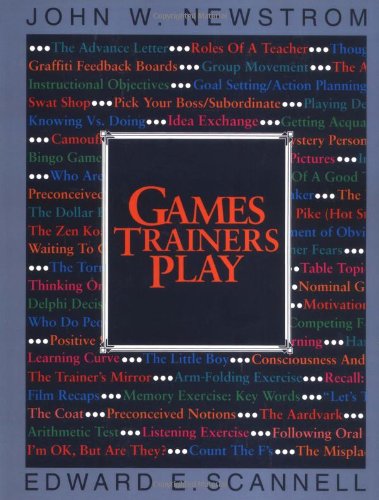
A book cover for Games Trainers Play (McGraw-Hill Training Series); Edward Scannell; Business & Money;